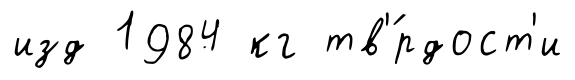
изд 1984 кг тв'́рдост'и